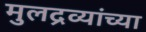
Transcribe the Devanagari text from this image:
मुलद्रव्यांच्या